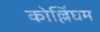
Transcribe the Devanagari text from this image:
कोल्लिंघम